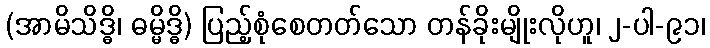
(အာမိသိဒ္ဓိ၊ ဓမ္မိဒ္ဓိ) ပြည့်စုံစေတတ်သော တန်ခိုးမျိုးလိုဟူ၊ ၂-ပါ-၉၁၊